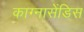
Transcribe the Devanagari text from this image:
काग्नासेंडिस